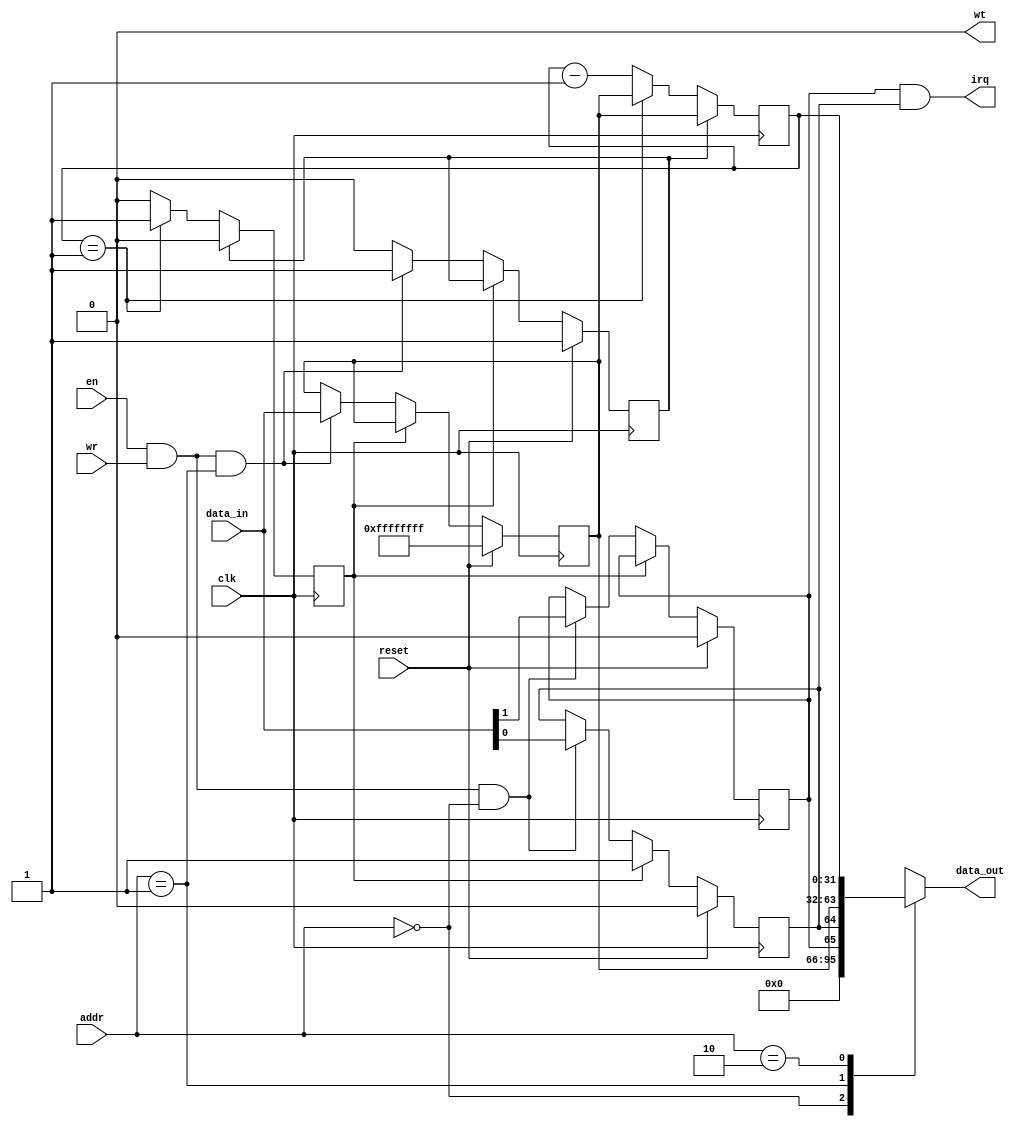
module tmr(clk, reset,
           en, wr, addr,
           data_in, data_out,
           wt, irq);
    input clk;
    input reset;
    input en;
    input wr;
    input [3:2] addr;
    input [31:0] data_in;
    output reg [31:0] data_out;
    output wt;
    output irq;
  reg [31:0] counter;
  reg [31:0] divisor;
  reg divisor_loaded;
  reg expired;
  reg alarm;
  reg ien;
  always @(posedge clk) begin
    if (divisor_loaded == 1) begin
      counter <= divisor;
      expired <= 0;
    end else begin
      if (counter == 32'h00000001) begin
        counter <= divisor;
        expired <= 1;
      end else begin
        counter <= counter - 1;
        expired <= 0;
      end
    end
  end
  always @(posedge clk) begin
    if (reset == 1) begin
      divisor <= 32'hFFFFFFFF;
      divisor_loaded <= 1;
      alarm <= 0;
      ien <= 0;
    end else begin
      if (expired == 1) begin
        alarm <= 1;
      end else begin
        if (en == 1 && wr == 1 && addr[3:2] == 2'b00) begin
          alarm <= data_in[0];
          ien <= data_in[1];
        end
        if (en == 1 && wr == 1 && addr[3:2] == 2'b01) begin
          divisor <= data_in;
          divisor_loaded <= 1;
        end else begin
          divisor_loaded <= 0;
        end
      end
    end
  end
  always @(*) begin
    case (addr[3:2])
      2'b00:
        data_out = { 28'h0000000, 2'b00, ien, alarm };
      2'b01:
        data_out = divisor;
      2'b10:
        data_out = counter;
      2'b11:
        data_out = 32'hxxxxxxxx;
      default:
        data_out = 32'hxxxxxxxx;
    endcase
  end
  assign wt = 0;
  assign irq = ien & alarm;
endmodule